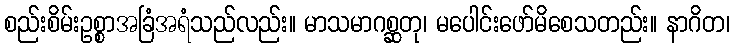
စည်းစိမ်းဥစ္စာအခြံအရံသည်လည်း။ မာသမာဂစ္ဆတု၊ မပေါင်းဖော်မိစေသတည်း။ နာဂိတ၊